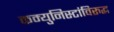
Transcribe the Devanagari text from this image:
कम्युनिस्टांविरुद्ध